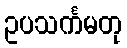
ဥပသင်္ကမတု